Problem: 4 × 3 = ?
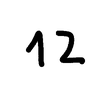
Handwritten answer: 12